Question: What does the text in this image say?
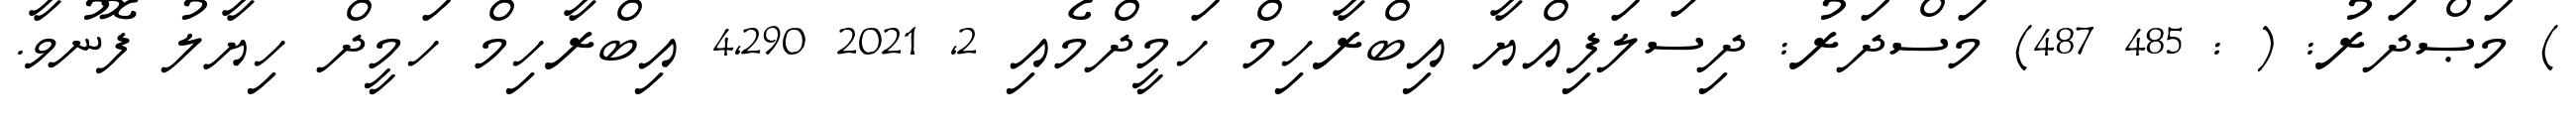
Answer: ) މަޞްދަރު: ( : 485 487) މަސްދަރު: ދިސަލަފިއްޔާ އިބްރާހިމް ހަމީދްމެއި 2, 2021 4,290 އިބްރާހިމް ހަމީދް ހިޔާލު ފޮނުވާ.